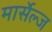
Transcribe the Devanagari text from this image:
मार्सेल्ज